Document type: Sale
Year: 1440
Scribe: Pere Pau Pujades
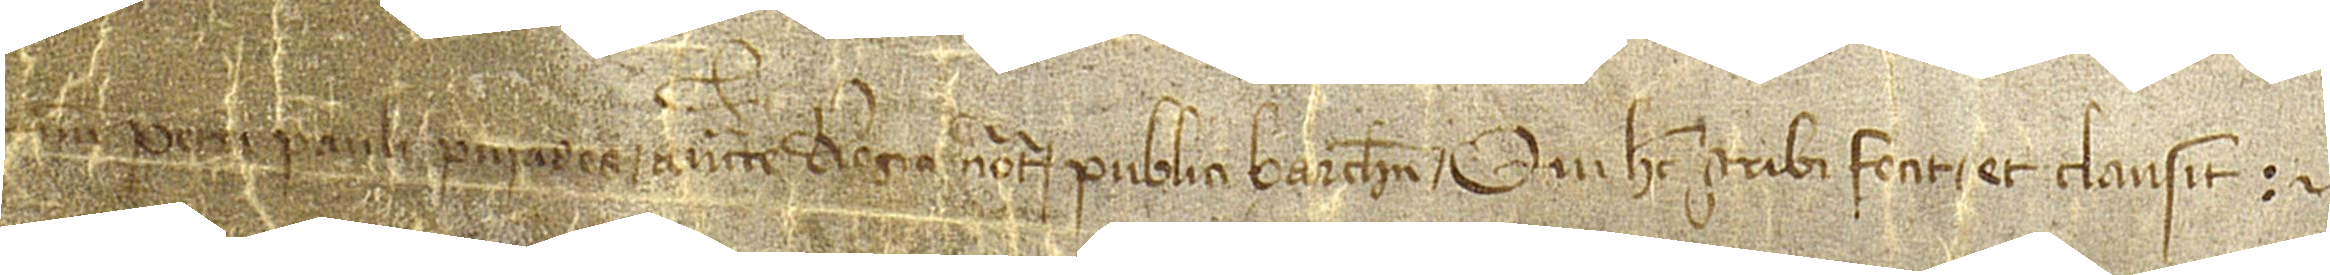
num Petri Pauli Puiades, auctoritate regia notarii publici Barchinone, qui hec scribi fecit et clausit.